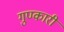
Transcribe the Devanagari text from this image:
गुण्कारी